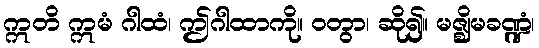
ဣတိ ဣမံ ဂါထံ၊ ဤဂါထာကို။ ဝတွာ၊ ဆို၍။ မဇ္ဈိမခဏ္ဍံ၊